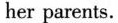
her parents.